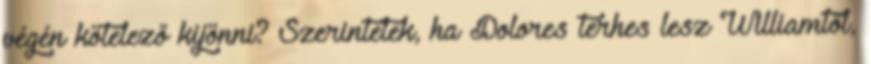
végén kötelező kijönni? Szerintetek, ha Dolores terhes lesz Williamtől,